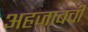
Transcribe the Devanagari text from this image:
अहजाबची